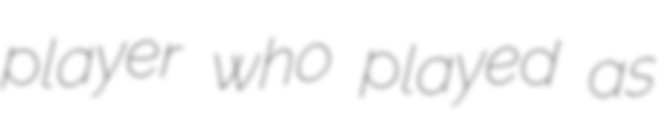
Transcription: player who played as